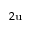
_ { 2 \mathrm { u } }